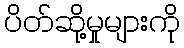
ပိတ်ဆို့မှုများကို